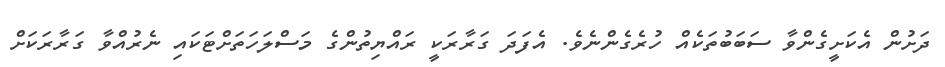
ދަށުން އެކަށީގެންވާ ސަބަބުތަކެއް ހުރެގެންނެވެ. އެފަދަ ގަރާރަކީ ރައްޔިތުންގެ މަސްލަހަތަށްޓަކައި ނެރުއްވާ ގަރާރަކަށް